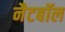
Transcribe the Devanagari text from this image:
नैटबॉल